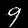
Label: 9